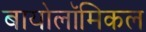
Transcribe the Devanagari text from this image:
बायोलॉमिकल